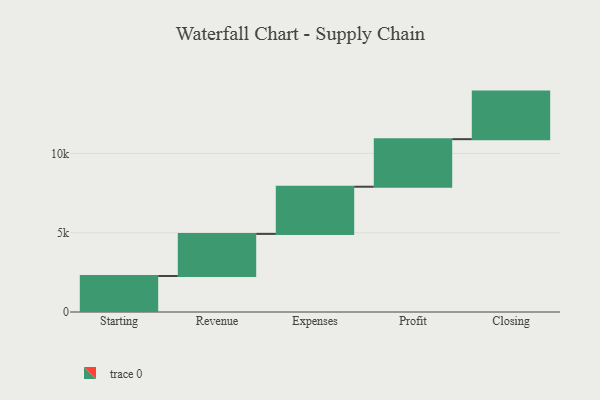
{"axis": {"x": "Step", "y": "Value"}, "legend": [""], "data": [{"x": "Starting", "y": 2270.0, "type": ""}, {"x": "Revenue", "y": 2656.0, "type": ""}, {"x": "Expenses", "y": 2976.0, "type": ""}, {"x": "Profit", "y": 3000, "type": ""}, {"x": "Closing", "y": 3000, "type": ""}]}